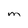
Character: M